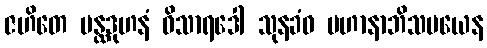
ဇဟိတေ ပန္ထဒုဟနံ ဝိသာရဒေါ သုနခံဝ ပဟာနာဘိသမယေန